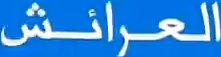
العرائش